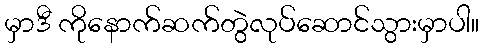
မှာဒီ ကိုနောက်ဆက်တွဲလုပ်ဆောင်သွားမှာပါ။